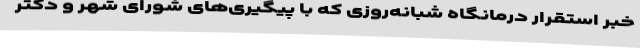
خبر استقرار درمانگاه شبانه‌روزی که با پیگیری‌های شورای شهر و دکتر